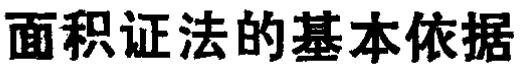
面积证法的基本依据